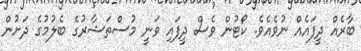
ބާރެއް ދީފައެއް ނުވެއެވެ. ކޯޓުން ވެސް ދީފައި ވަނީ މުސްތަޝާރުގެ ބެލުމުގެ ދަށުން